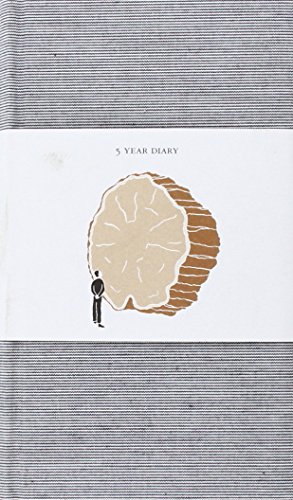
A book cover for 5 Year Diary; Arts & Photography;